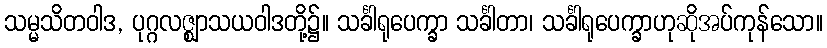
သမ္မသိတဝါဒ, ပုဂ္ဂလဇ္ဈာသယဝါဒတို့၌။ သင်္ခါရုပေက္ခာ သင်္ခါတာ၊ သင်္ခါရုပေက္ခာဟုဆိုအပ်ကုန်သော။